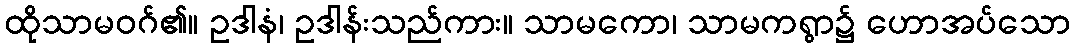
ထိုသာမဝဂ်၏။ ဥဒါနံ၊ ဥဒါန်းသည်ကား။ သာမကော၊ သာမကရွာ၌ ဟောအပ်သော